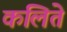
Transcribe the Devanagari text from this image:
कलिते